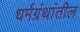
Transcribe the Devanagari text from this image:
धर्मग्रंथांतील